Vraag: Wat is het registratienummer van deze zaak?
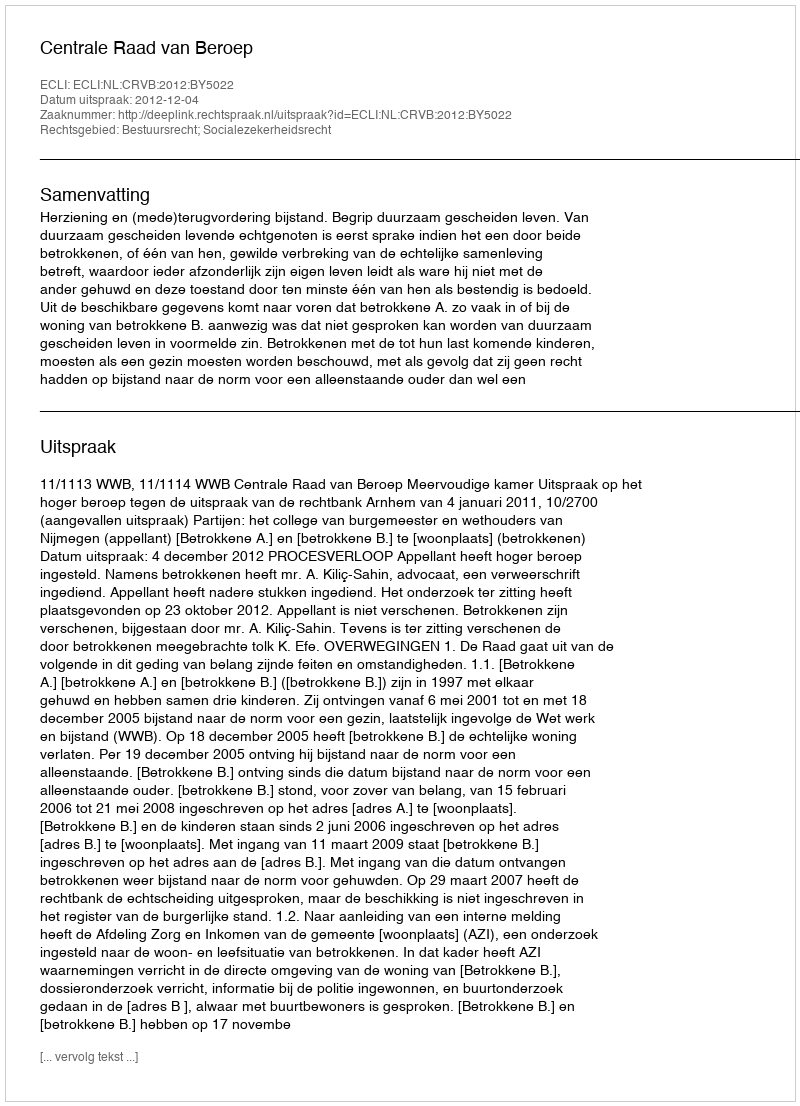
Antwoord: http://deeplink.rechtspraak.nl/uitspraak?id=ECLI:NL:CRVB:2012:BY5022